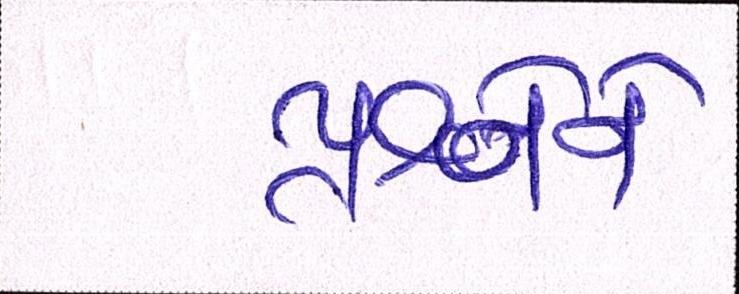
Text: પ્રશ્નોને